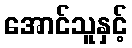
အောင်သူနှင့်